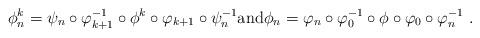
LaTeX: \begin{align*}\phi^k_{n}=\psi_n\circ\varphi_{k+1}^{-1}\circ\phi^k\circ \varphi_{k+1}\circ\psi_n^{-1}\mbox{and}\phi_{n}=\varphi_n\circ\varphi_0^{-1}\circ\phi\circ\varphi_0\circ \varphi_n^{-1} \ .\end{align*}